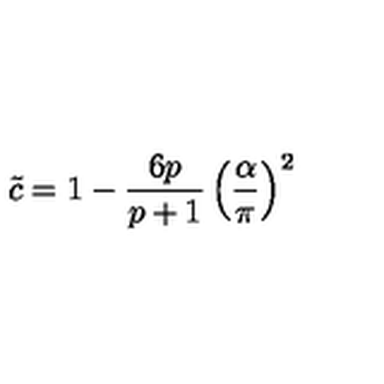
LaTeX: \tilde { c } = 1 - \displaystyle \frac { 6 p } { p + 1 } \left( \displaystyle \frac { \alpha } { \pi } \right) ^ { 2 }